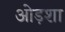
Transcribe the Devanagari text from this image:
ओड़शा